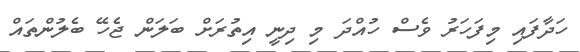
ހަދާފައި މިފަހަރު ވެސް ހުއްދަ މި ދިނީ އިތުރަށް ބަލަން ޖެހޭ ބެލުންތައް